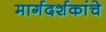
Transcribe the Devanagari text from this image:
मार्गदर्शकांचे